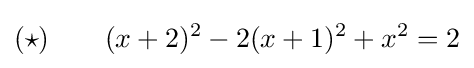
(\star )\qquad (x+2)^{2}-2(x+1)^{2}+x^{2}=2